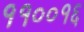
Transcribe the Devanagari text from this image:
११००१६